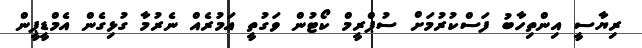
ރިޔާސީ އިންތިހާބު ފަސްކުރުމަށް ސުޕްރީމް ކޯޓުން ވަގުތީ އަމުރެއް ނެރުމާ ގުޅިގެން އެމްޑީޕީން